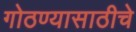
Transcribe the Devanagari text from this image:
गोठण्यासाठीचे